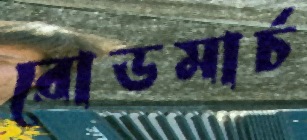
রোডমার্চ